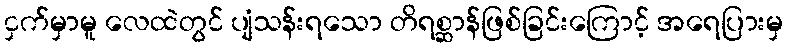
ငှက်မှာမူ လေထဲတွင် ပျံသန်းရသော တိရစ္ဆာန်ဖြစ်ခြင်းကြောင့် အရေပြားမှ